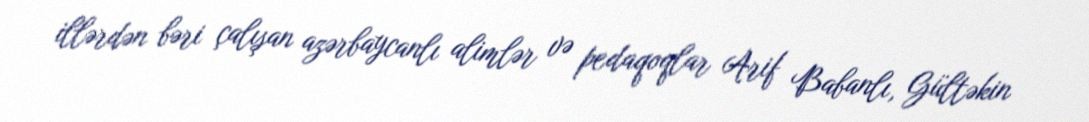
illərdən bəri çalışan azərbaycanlı alimlər və pedaqoqlar Arif Babanlı, Gültəkin